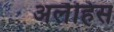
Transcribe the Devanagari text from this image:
अलैहिस